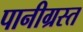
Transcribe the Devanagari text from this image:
पानीग्रस्त